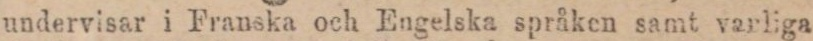
undervisar i Franska och Engelska språken samt varliga